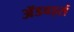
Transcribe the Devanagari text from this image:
ॲडवर्ड्स